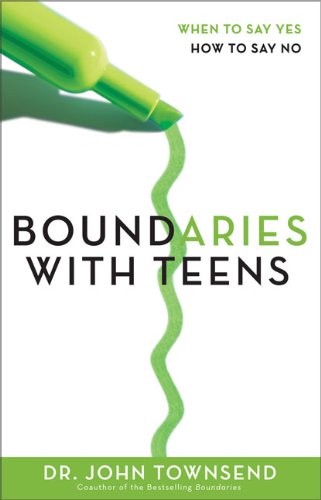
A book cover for Boundaries with Teens: When to Say Yes, How to Say No; John Townsend; Parenting & Relationships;